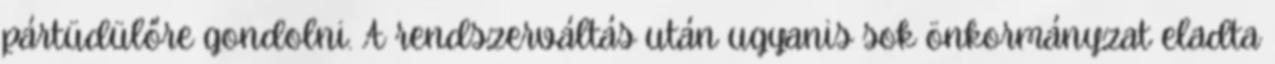
pártüdülőre gondolni. A rendszerváltás után ugyanis sok önkormányzat eladta